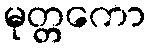
မုတ္တကော